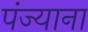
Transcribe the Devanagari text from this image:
पंज्याना